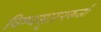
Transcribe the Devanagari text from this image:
विश्वसृजनकर्ता